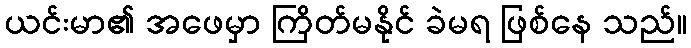
ယင်းမာ၏ အဖေမှာ ကြိတ်မနိုင် ခဲမရ ဖြစ်နေ သည်။